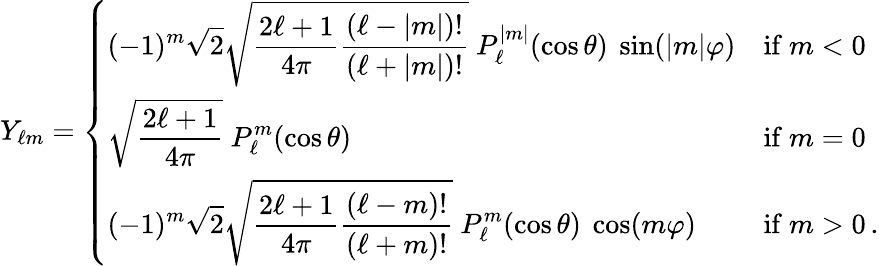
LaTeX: Y_{\ell m}={\left\{ \begin{array}{ll}{\displaystyle(-1)^{m}{\sqrt{2}}{\sqrt{{\frac{2\ell+1}{4\pi}}{\frac{(\ell-|m|)!}{(\ell+|m|)!}}}}\ P_{\ell}^{|m|}(\cos\theta)\ \sin(|m|\varphi)}&{{\mathrm{if~}}m<0}\\ {\displaystyle{\sqrt{\frac{2\ell+1}{4\pi}}}\ P_{\ell}^{m}(\cos\theta)}&{{\mathrm{if~}}m=0}\\ {\displaystyle(-1)^{m}{\sqrt{2}}{\sqrt{{\frac{2\ell+1}{4\pi}}{\frac{(\ell-m)!}{(\ell+m)!}}}}\ P_{\ell}^{m}(\cos\theta)\ \cos(m\varphi)}&{{\mathrm{if~}}m>0\, .}\end{array}\right.}